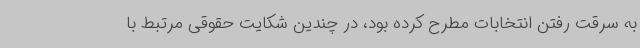
به سرقت رفتن انتخابات مطرح کرده بود، در چندین شکایت حقوقی مرتبط با